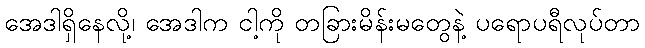
အေဒါရှိနေလို့၊ အေဒါက ငါ့ကို တခြားမိန်းမတွေနဲ့ ပရောပရီလုပ်တာ